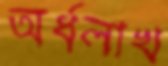
অর্ধলাখ